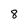
Character: 8